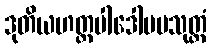
ဒုတိယဟတ္ထပါဒေါပမသုတ္တံ